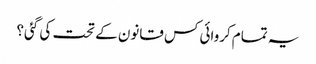
یہ تمام کروائی کس قانون کے تحت کی گئی؟